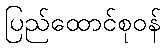
ပြည်ထောင်စုဝန်